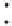
: